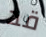
قد